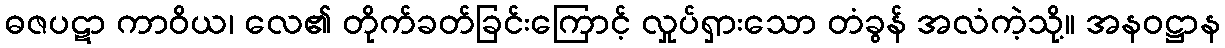
ဓဇပဋာ ကာဝိယ၊ လေ၏ တိုက်ခတ်ခြင်းကြောင့် လှုပ်ရှားသော တံခွန် အလံကဲ့သို့။ အနဝဋ္ဌာန